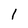
Character: 1